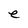
Character: e